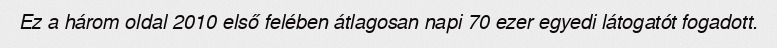
Ez a három oldal 2010 első felében átlagosan napi 70 ezer egyedi látogatót fogadott.